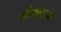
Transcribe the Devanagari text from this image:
सोमवारपेट